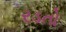
રડતો